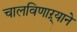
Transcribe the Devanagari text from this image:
चालविणाऱ्याने